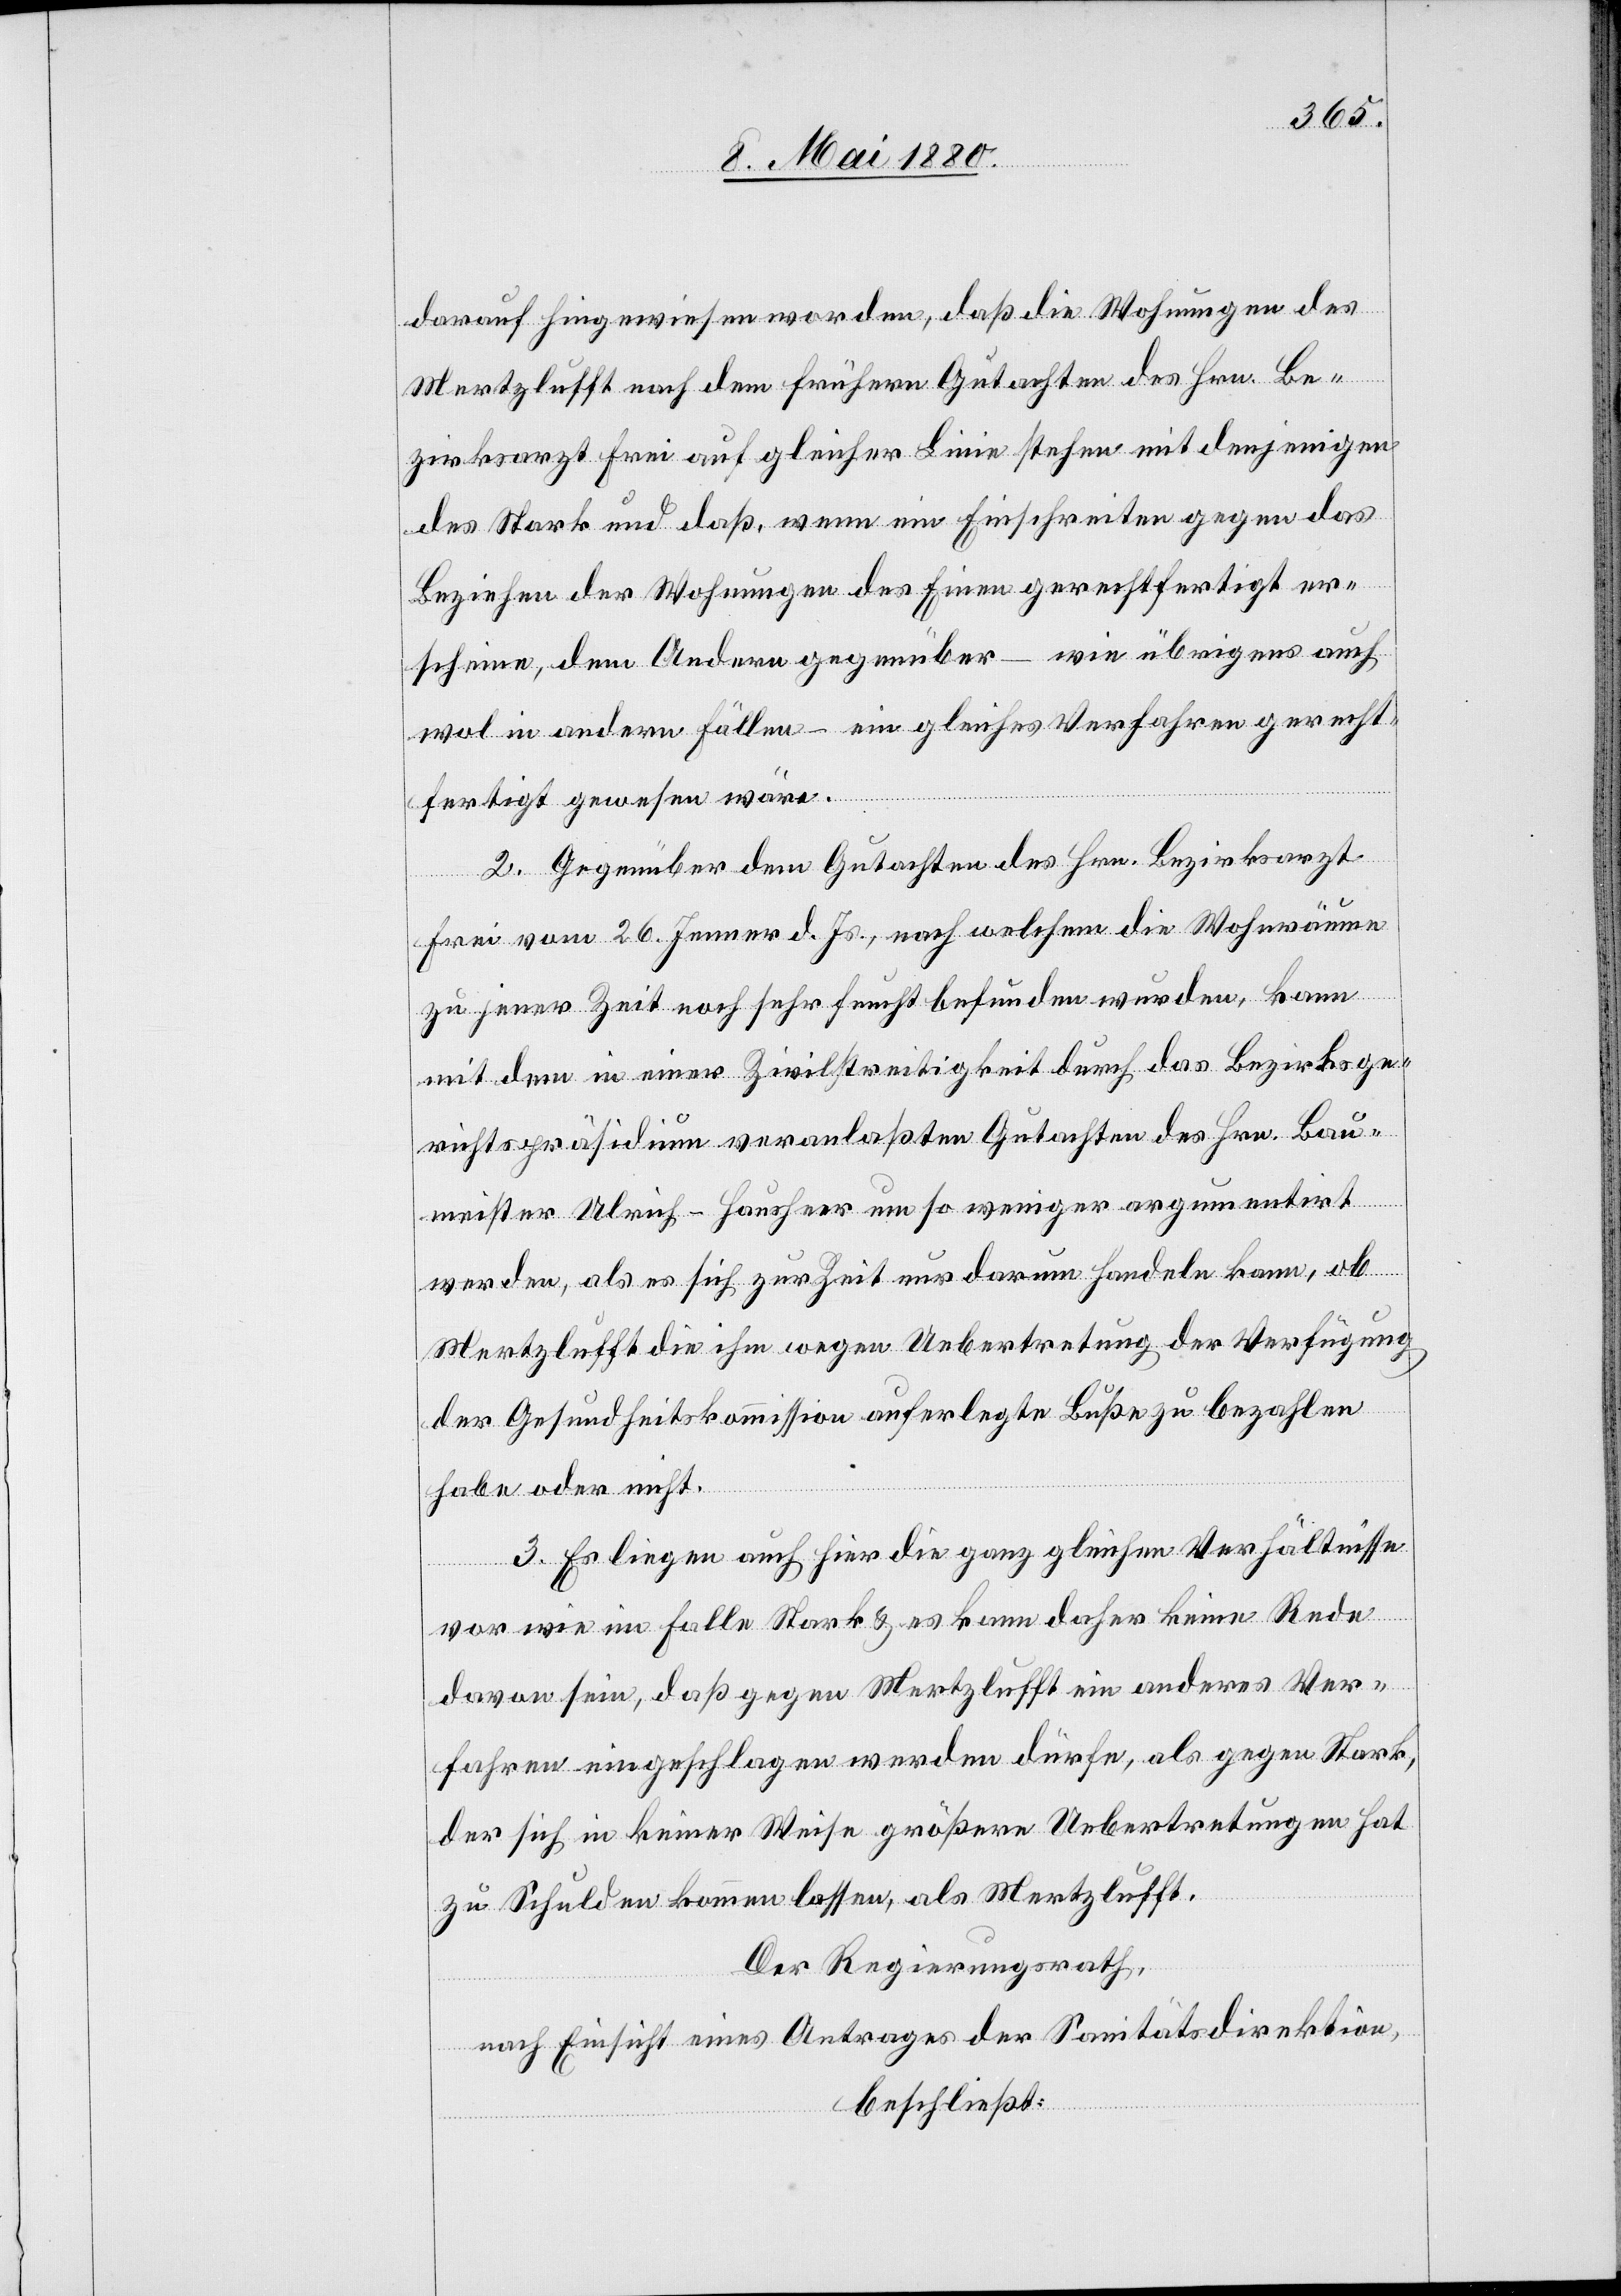
darauf hingewiesen worden, daß die Wohnungen des
Mertzlufft nach dem frühern Gutachten des Hrn. Be¬
zirksarzt Frei auf gleicher Linie stehen mit denjenigen
des Stark und daß, wenn ein Einschreiten gegen das
Beziehen der Wohnungen des Einen gerechtfertigt er¬
scheine, dem Andern gegenüber – wie übrigens auch
wol in andern Fällen – ein gleiches Verfahren gerecht¬
fertigt gewesen wäre.
2. Gegenüber dem Gutachten des Hrn. Bezirksarzt
Frei vom 26. Jenner d. Js., nach welchem die Wohnräume
zu jener Zeit noch sehr feucht befunden wurden, kann
mit dem in einer Zivilstreitigkeit durch das Bezirksge¬
richtspräsidium veranlaßten Gutachten des Hrn. Bau¬
meister Ulrich-Hausheer um so weniger argumentirt
werden, als es sich zur Zeit nur darum handeln kann, ob
Mertzlufft die ihm wegen Uebertretung der Verfügung
der Gesundheitskommission auferlegte Buße zu bezahlen
habe oder nicht.
3. Es liegen auch hier die ganz gleichen Verhältnisse
vor wie im Falle Stark & es kann daher keine Rede
davon sein, daß gegen Mertzlufft ein anderes Ver¬
fahren eingeschlagen werden dürfe, als gegen Stark,
der sich in keiner Weise größere Uebertretungen hat
zu Schulden kommen lassen, als Mertzlufft.
Der Regierungsrath,
nach Einsicht eines Antrages der Sanitätsdirektion,
beschließt: